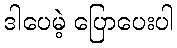
ဒါပေမဲ့ ပြောပေးပါ